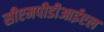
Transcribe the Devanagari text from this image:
सीएमपीडीआईएल